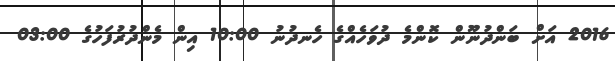
2016 އަށް ބަންދުނޫން ކޮންމެ ދުވަހެއްގެ ހެނދުނު 10:00 އިން މެންދުރުފަހުގެ 03:00